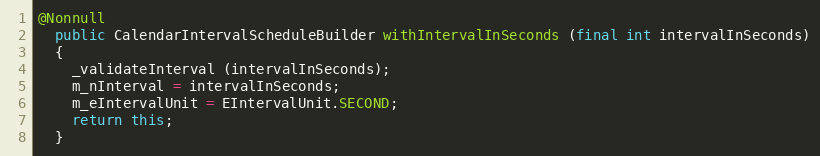
Language: Java
@Nonnull
  public CalendarIntervalScheduleBuilder withIntervalInSeconds (final int intervalInSeconds)
  {
    _validateInterval (intervalInSeconds);
    m_nInterval = intervalInSeconds;
    m_eIntervalUnit = EIntervalUnit.SECOND;
    return this;
  }